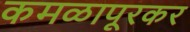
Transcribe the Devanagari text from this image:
कमळापूरकर